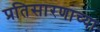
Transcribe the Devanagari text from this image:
प्रतिसारणाच्या